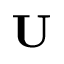
\mathbf { U }